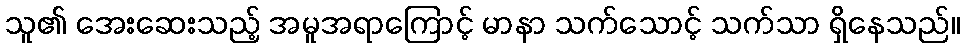
သူ၏ အေးဆေးသည့် အမူအရာကြောင့် မာနာ သက်သောင့် သက်သာ ရှိနေသည်။